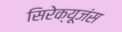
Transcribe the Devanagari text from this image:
सिरेक्यूजंस